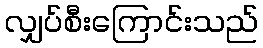
လျှပ်စီးကြောင်းသည်